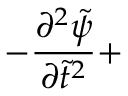
- \displaystyle \frac { \partial ^ { 2 } { \tilde { \psi } } } { \partial { \tilde { t } } ^ { 2 } } +